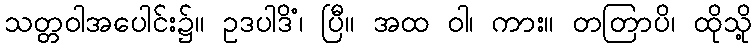
သတ္တဝါအပေါင်း၌။ ဥဒပါဒိံ၊ ပြီ။ အထ ဝါ၊ ကား။ တတြာပိ၊ ထိုသို့